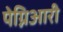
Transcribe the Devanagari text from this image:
पेग्निआरी